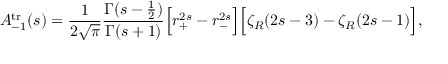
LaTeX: A _ { - 1 } ^ { \mathrm { t r } } ( s ) = { \frac { 1 } { 2 \sqrt { \pi } } } { \frac { \Gamma ( s - { \frac { 1 } { 2 } } ) } { \Gamma ( s + 1 ) } } \Bigr [ r _ { + } ^ { 2 s } - r _ { - } ^ { 2 s } \Bigr ] \Bigr [ \zeta _ { R } ( 2 s - 3 ) - \zeta _ { R } ( 2 s - 1 ) \Bigr ] ,